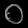
Digit: ၀